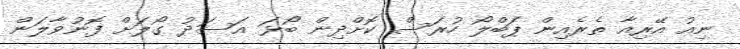
ނިއު އޭރިއާ ތެރެއިން ޕަބްލޯ ހުރަސް ކޮށްދިން ބޯޅަ އަސަދު ގޯލަށް ފޮނުވާލަން